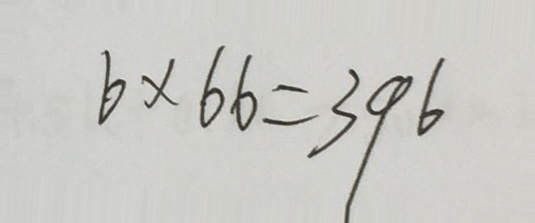
6 \times 6 6 = 3 9 6